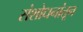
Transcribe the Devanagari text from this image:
संशोधनांतून